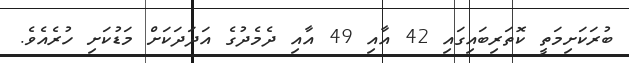
ބުރަކަށިމަތީ ކޮތަރިބައިގައި 42 އާއި 49 އާއި ދެމެދުގެ އަދަދަކަށް މަޑުކަށި ހުރެއެވެ.